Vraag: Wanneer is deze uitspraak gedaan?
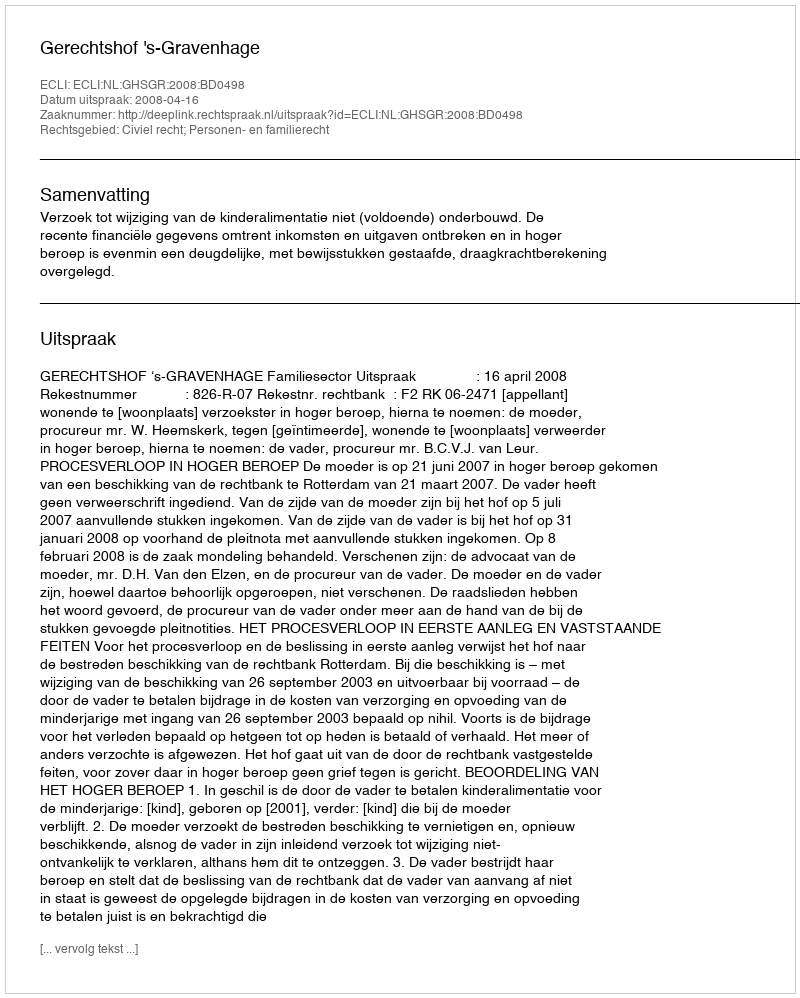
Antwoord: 2008-04-16